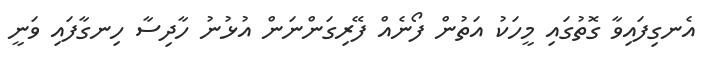
އެނގިފައިވާ ގޮތުގައި މީހަކު އަތުން ފޯނެއް ފޭރިގަންނަން އުޅުނު ހާދިސާ ހިނގާފައި ވަނީ